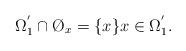
LaTeX: \begin{align*}\Omega_{1}^{'}\cap\O_x=\{x\}x\in\Omega_{1}^{'}.\end{align*}